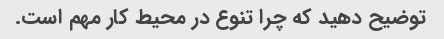
توضیح دهید که چرا تنوع در محیط کار مهم است.